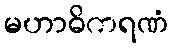
မဟာဓိကရဏံ